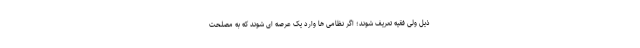
ذیل ولی فقیه تعریف شوند؛ اگر نظامی ها وارد یک عرصه ای شوند که به مصلحت